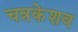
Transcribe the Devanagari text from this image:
चन्नकेशव